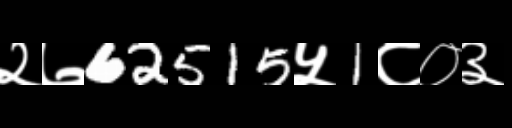
Text: २७62515५1८०३